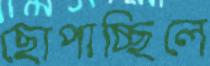
ছোপাচ্ছিলে